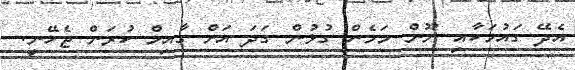
އެދޭ ގައުމަކާއި ނޫން މަމެން ގުޅުން ގަދަ އަށް ގާއިމް ކުރަން ޖެހޭނީ.